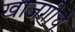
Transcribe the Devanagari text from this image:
खाजगीचे